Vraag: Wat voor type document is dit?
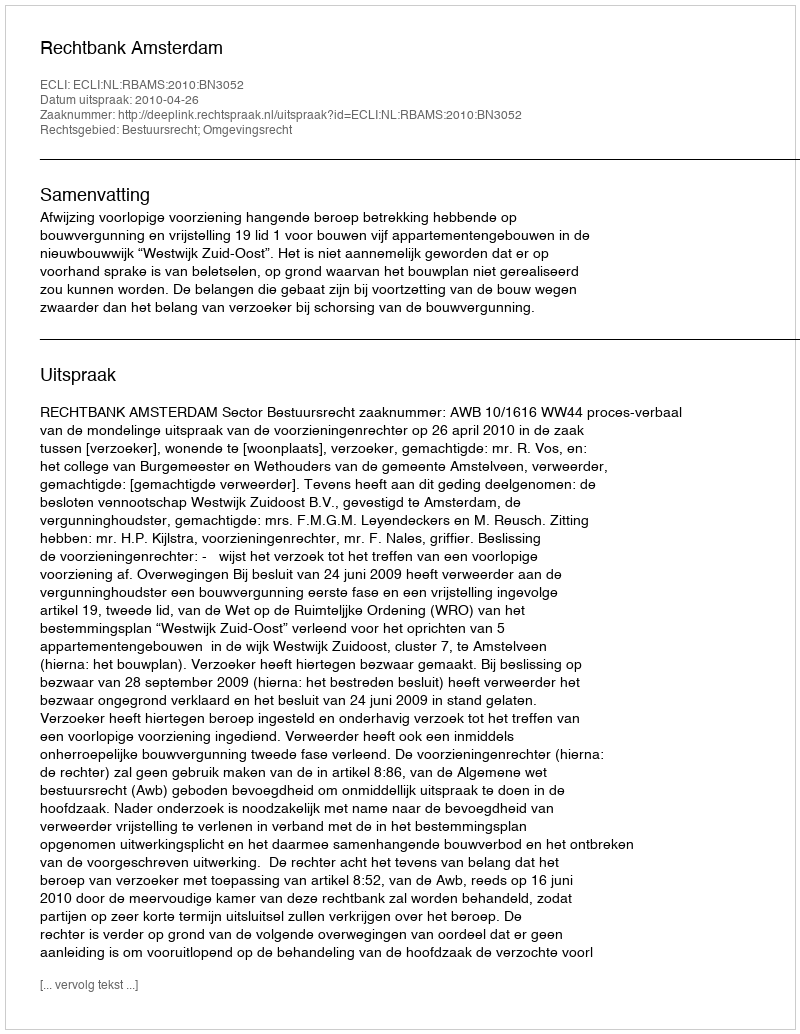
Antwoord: Uitspraak